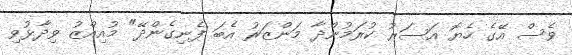
ވެސް އޭގެ ހެޔޮ އަސަރު ކުރަމުންދާ މަންޒަރު އެބަަ ފެނިގެންދޭ" މުއިއްޒު ވިދާޅުވި